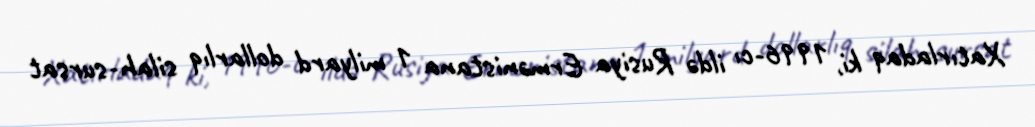
Xatırladaq ki, 1996-cı ildə Rusiya Ermənistana 1 milyard dollarlıq silah-sursat